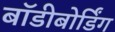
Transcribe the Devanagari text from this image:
बॉडीबोर्डिंग